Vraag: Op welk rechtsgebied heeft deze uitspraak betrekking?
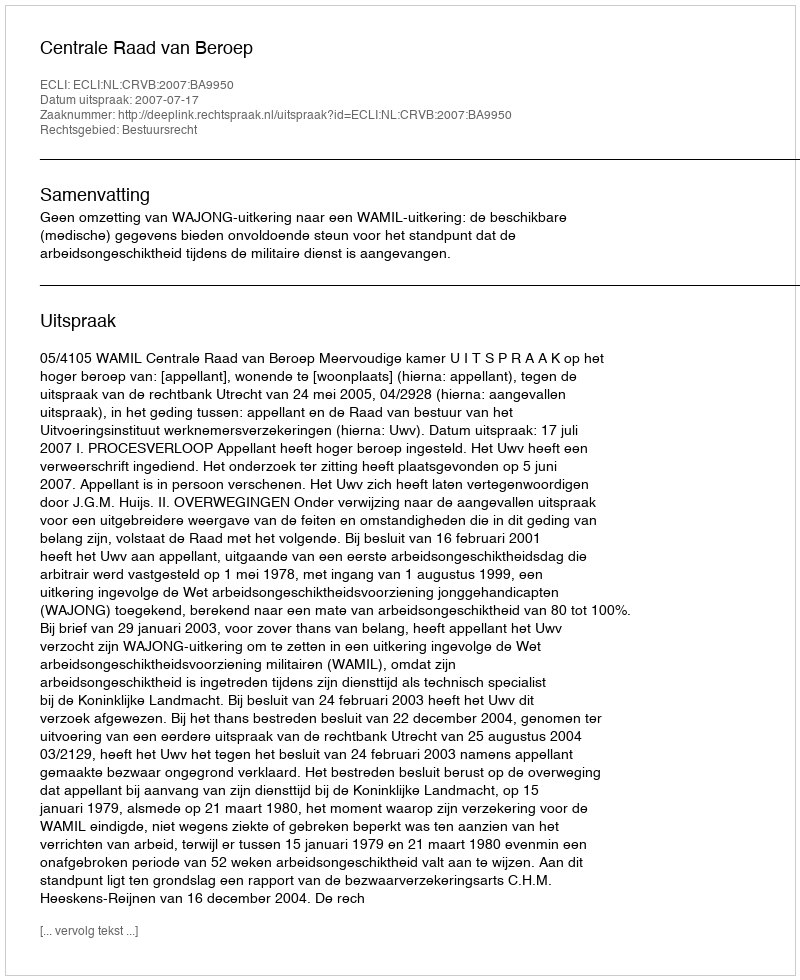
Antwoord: Bestuursrecht